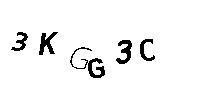
3KGG3C